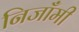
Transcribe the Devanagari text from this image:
निजाँमी